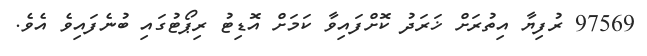
97569 ރުފިޔާ އިތުރަށް ޚަރަދު ކޮށްފައިވާ ކަމަށް އޮޑިޓު ރިޕޯޓުގައި ބުނެފައިވެ އެވެ.